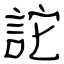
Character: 詑